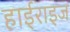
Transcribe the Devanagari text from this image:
हाईराइज